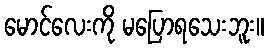
မောင်လေးကို မပြောရသေးဘူး။